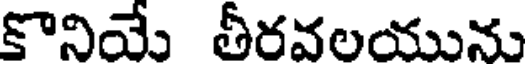
కొనియే తీరవలయును